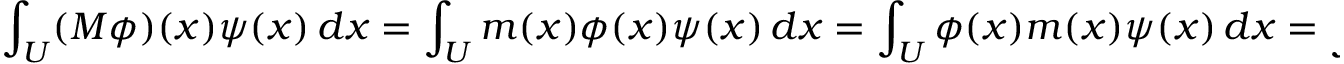
\int _ { U } ( M \phi ) ( x ) \psi ( x ) \, d x = \int _ { U } m ( x ) \phi ( x ) \psi ( x ) \, d x = \int _ { U } \phi ( x ) m ( x ) \psi ( x ) \, d x = \int _ { U } \phi ( x ) ( M \psi ) ( x ) \, d x ,